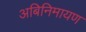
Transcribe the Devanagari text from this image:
अबिनिमायण